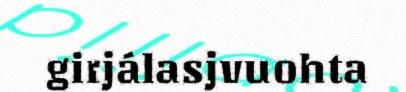
girjálasjvuohta